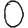
Digit: 0